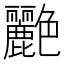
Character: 𬜟